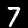
Digit: 7